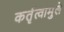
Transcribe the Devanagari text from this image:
कर्तृत्वामुले